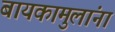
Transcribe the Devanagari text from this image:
बायकामुलांना